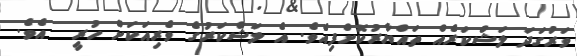
ވަރުގަދަ ލަޝްކަރެއް ތައްޔާރުކޮށްފިއެވެ. އެ ލަޝްކަރުގެ ވެރިއަކަށް ހުރީ  އެވެ.